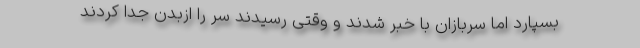
بسپارد اما سربازان با خبر شدند و وقتی رسیدند سر را ازبدن جدا کردند